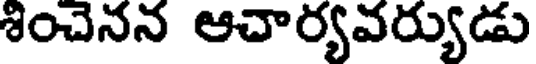
శించెనన ఆచార్యవర్యుడు